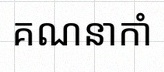
គណនាកាំ